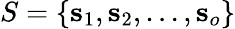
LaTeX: S=\{ \textbf{s}_{1},\textbf{s}_{2},...,\textbf{s}_{o}\}